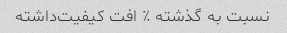
نسبت به گذشته ‎٪ افت کیفیت‌داشته